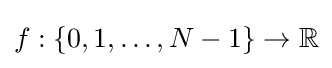
f:\left\{0,1,\ldots ,N-1\right\}\to \mathbb {R}